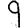
Digit: 9